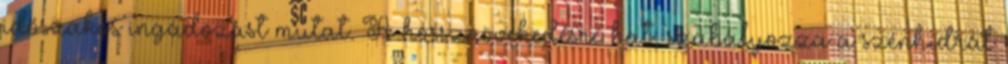
időszakos ingadozást mutat. A hossznövekedésre hat, szabályozza a szénhidrát